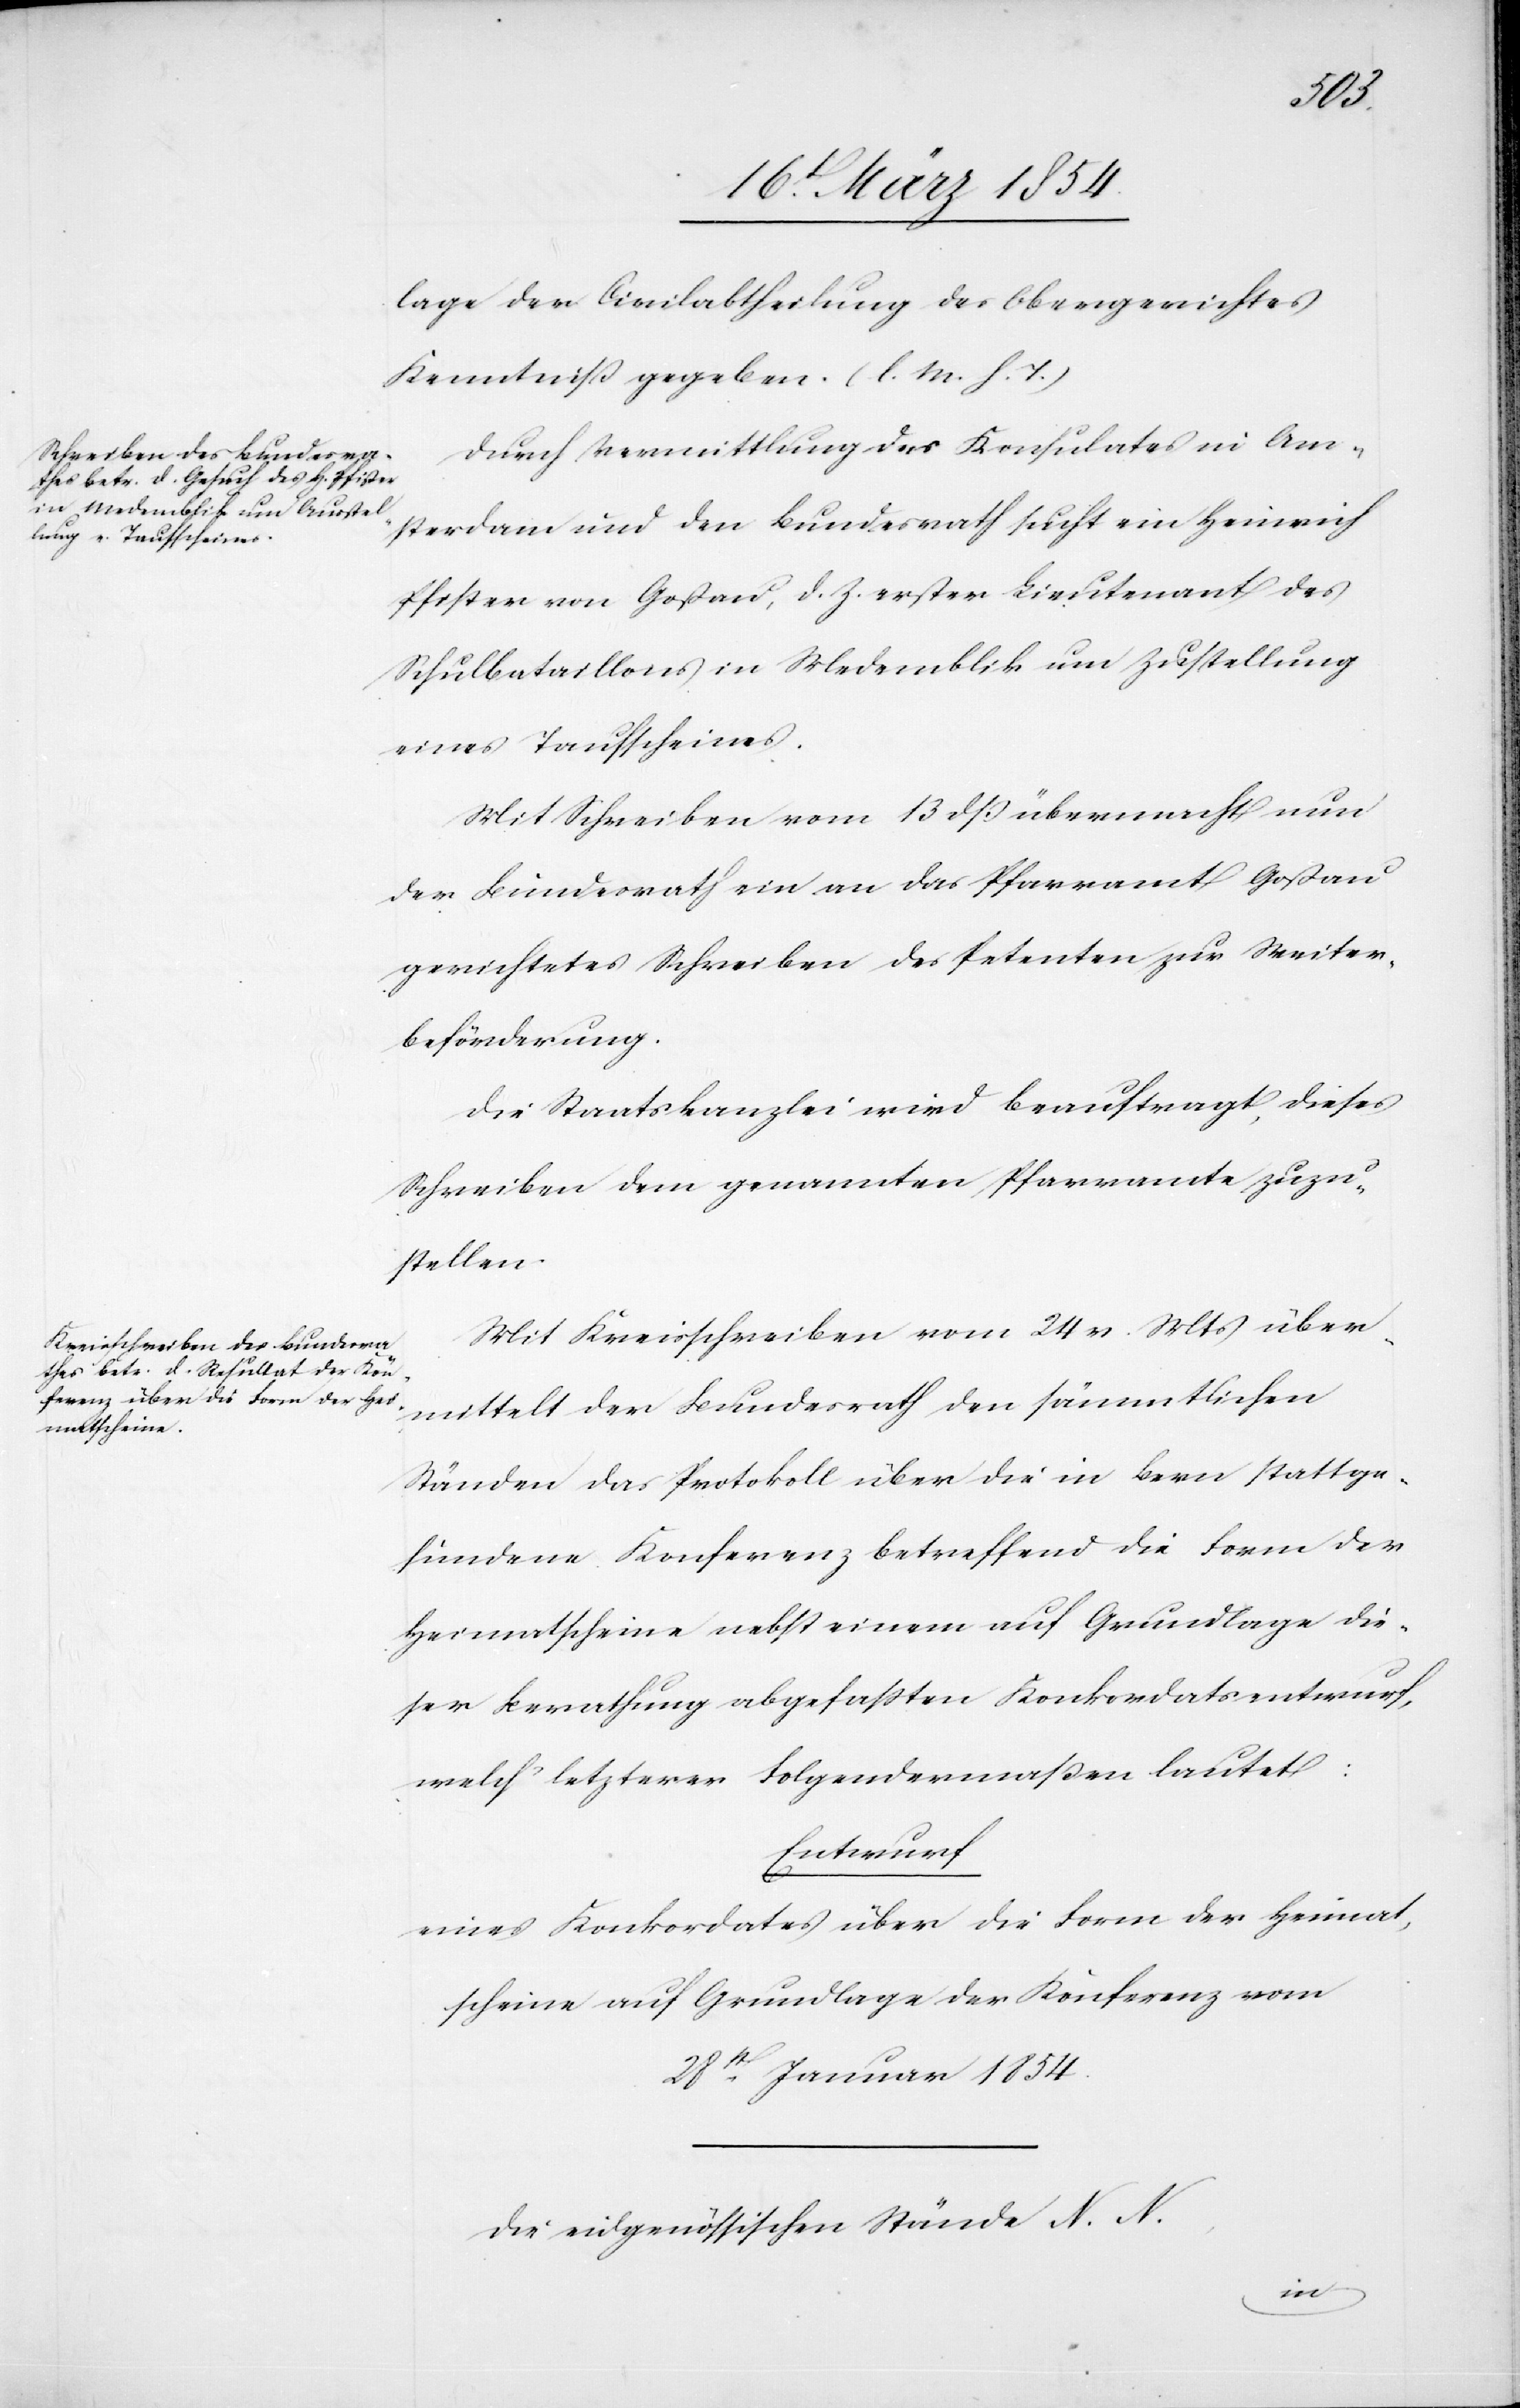
lage der Civilabtheilung des Obergerichtes
Kenntniß gegeben. (l. M. h. T.)
Durch Vermittlung des Konsulates in Am¬
sterdam und den Bundesrath sucht ein Heinrich
Pfister von Goßau, d. Z. erster Lieutenant des
Schulbataillons in Medemblik um Zustellung
eines Taufscheines.
Mit Schreiben vom 13 dß übermacht nun
der Bundesrath ein an das Pfarramt Goßau
gerichtetes Schreiben des Petenten zur Weiter¬
beförderung.
Die Staatskanzlei wird beauftragt, dieses
Schreiben dem genannten Pfarramte zuzu¬
stellen.
Mit Kreisschreiben vom 24 v. Mts über¬
mittelt der Bundesrath den sämmtlichen
Ständen das Protokoll über die in Bern stattge¬
fundene Konferenz betreffend die Form der
Heimatscheine nebst einem auf Grundlage die¬
ser Berathung abgefaßten Konkordatsentwurf,
welch letzterer Folgendermaßen lautet:
Entwurf
eines Konkordates über die Form der Heimat¬
scheine auf Grundlage der Konferenz vom
28st Januar 1854.
die eidgenössischen Stände N. N.